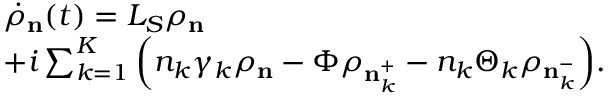
\begin{array} { r l } & { { { \dot { \rho } } _ { \mathbf { n } } ( t ) } = { { L } _ { S } } { { \rho } _ { \mathbf { n } } } } \\ & { + i \sum _ { k = 1 } ^ { K } { \left( { { n } _ { k } } { { \gamma } _ { k } } { { \rho } _ { \mathbf { n } } } - \Phi { { \rho } _ { \mathbf { n } _ { k } ^ { + } } } - { { n } _ { k } } { { \Theta } _ { k } } { { \rho } _ { \mathbf { n } _ { k } ^ { - } } } \right) } . } \end{array}